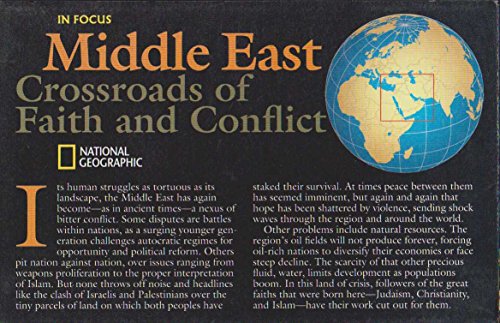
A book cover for Middle East: Crossroads of Faith and Conflict; Travel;